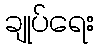
ချုပ်ရေး